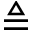
\triangleq